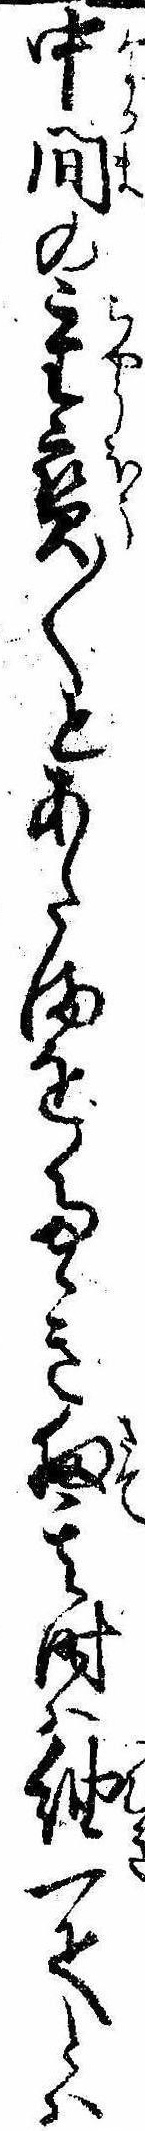
中間の重宝〱とあたまをたゝき扨其時は紬一疋とは